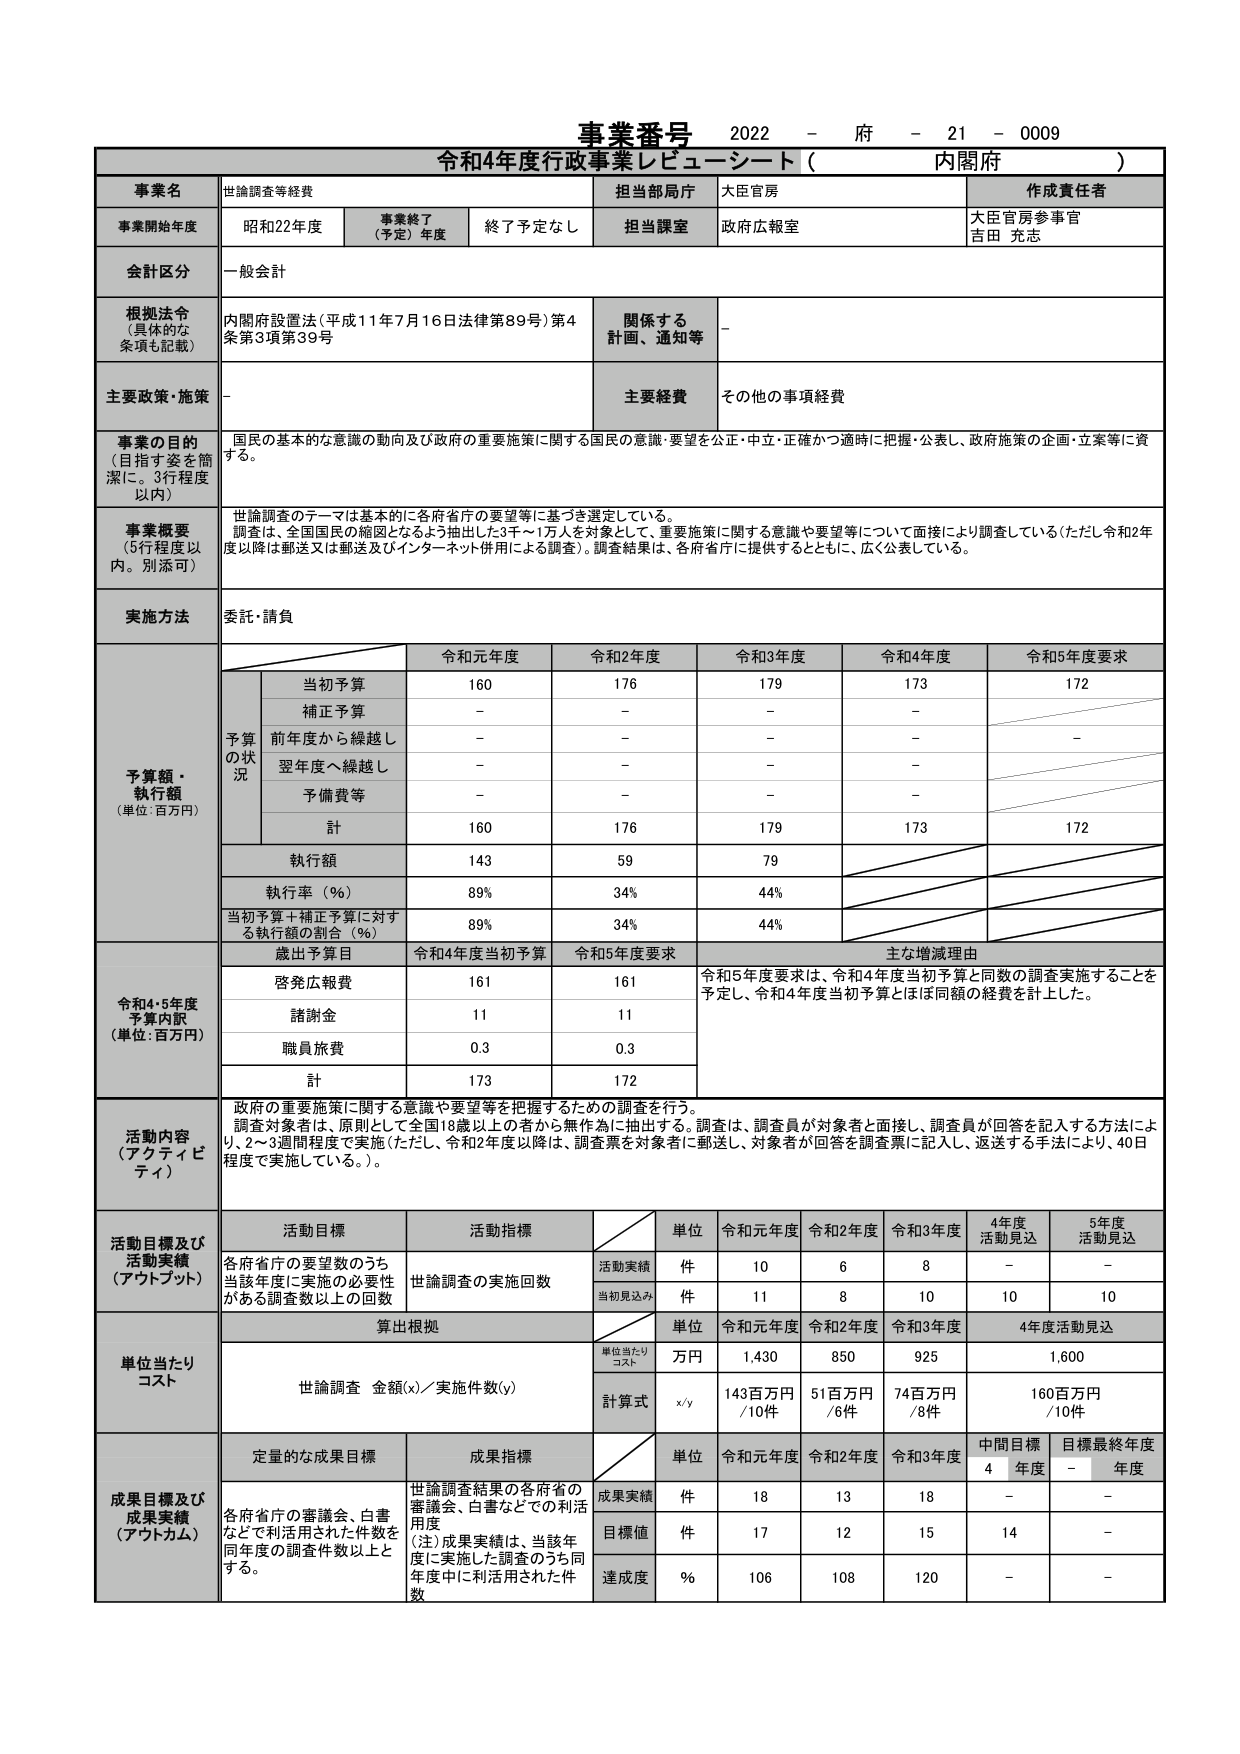
事業番号 2022 - 府 - 21 - 0009
令和4年度行政事業レビュー・シート（ 内閣府 ）

事業名 世論調査等経費
担当部局庁 大臣官房
作成責任者 大臣官房参事官 吉田 充志

事業開始年度 昭和22年度
事業終了（予定）年度 終了予定なし
担当課室 政府広報室

会計区分 一般会計

根拠法令（具体的な条項も記載） 内閣府設置法（平成11年7月16日法律第89号）第4条第3項第39号
関係する計画、通知等 -

主要政策・施策 -
主要経費 その他の事項経費

事業の目的（目指す姿を簡潔に。3行程度以内） 国民の基本的な意識の動向及び政府の重要施策に関する国民の意識・要望を公正・中立・正確かつ適時に把握・公表し、政府施策の企画・立案等に資する。

事業概要（5行程度以内。別添可） 世論調査のテーマは基本的に各府省庁の要望等に基づき選定している。調査は、全国国民の縮図となるよう抽出した3千～1万人を対象として、重要施策に関する意識や要望等について面接により調査している（ただし令和2年度以降は郵送又は郵送及びインターネット併用による調査）。調査結果は、各府省庁に提供するとともに、広く公表している。

実施方法 委託・請負

予算額・執行額（単位：百万円）
予算の状況
当初予算 160 176 179 173 172
補正予算 - - - -
前年度から繰越し - - - - -
翌年度へ繰越し - - - -
予備費等 - - - -
計 160 176 179 173 172
執行額 143 59 79
執行率（％） 89% 34% 44%
当初予算＋補正予算に対する執行額の割合（％） 89% 34% 44%

歳出予算目 令和4年度当初予算 令和5年度要求 主な増減理由
令和4・5年度予算内訳（単位：百万円）
啓発広報費 161 161 令和5年度要求は、令和4年度当初予算と同数の調査実施することを予定し、令和4年度当初予算とほぼ同額の経費を計上した。
諸謝金 11 11
職員旅費 0.3 0.3
計 173 172

活動内容（アクティビティ） 政府の重要施策に関する意識や要望等を把握するための調査を行う。調査対象者は、原則として全国18歳以上の者から無作為に抽出する。調査は、調査員が対象者と面接し、調査員が回答を記入する方法により、2～3週間程度で実施（ただし、令和2年度以降は、調査票を対象者に郵送し、対象者が回答を調査票に記入し、返送する手法により、40日程度で実施している。）。

活動目標及び活動実績（アウトプット）
活動目標 活動指標 単位 令和元年度 令和2年度 令和3年度 4年度活動見込 5年度活動見込
各府省庁の要望数のうち当該年度に実施の必要性がある調査数以上の回数 世論調査の実施回数 活動実績 件 10 6 8 - -
当初見込み 件 11 8 10 10 10

単位当たりコスト
算出根拠 単位 令和元年度 令和2年度 令和3年度 4年度活動見込
単位当たりコスト 万円 1,430 850 925 1,600
世論調査 金額(x)／実施件数(y) 計算式 x/y 143百万円／10件 51百万円／6件 74百万円／8件 160百万円／10件

成果目標及び成果実績（アウトカム）
定量的な成果目標 成果指標 単位 令和元年度 令和2年度 令和3年度 中間目標4年度 目標最終年度年度
各府省庁の審議会、白書などで利活用された件数を同年度の調査件数以上とする。 世論調査結果の各府省の審議会、白書などでの利活用度（注）成果実績は、当該年度に実施した調査のうち同年度中に利活用された件数 成果実績 件 18 13 18 - -
目標値 件 17 12 15 14 -
達成度 ％ 106 108 120 - -